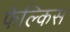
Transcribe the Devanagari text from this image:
फेल्किस